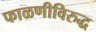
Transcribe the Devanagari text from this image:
फाळणीविरुद्ध